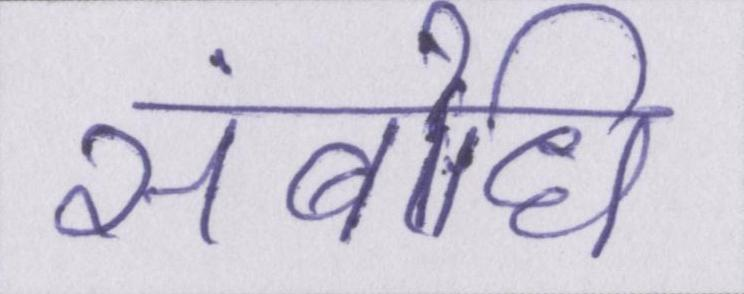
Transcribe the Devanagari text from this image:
संबोधि